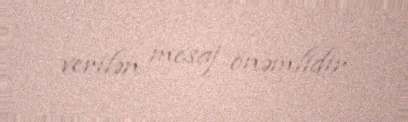
verilən mesaj önəmlidir.